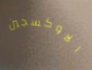
الاوكسجين